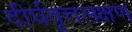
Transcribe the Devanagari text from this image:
दीर्घवृत्तलक्षण